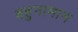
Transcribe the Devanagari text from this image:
बहुनामान